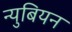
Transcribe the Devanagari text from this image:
न्युबियन